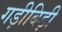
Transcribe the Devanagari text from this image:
गड़ीबिड़ी